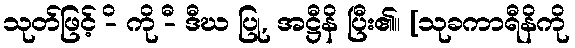
သုတ်ဖြင့် -ိ ကို -ီ ဒီဃ ပြု, အဋ္ဌီနိ ပြီး၏။ [သုခကာရီနိကို